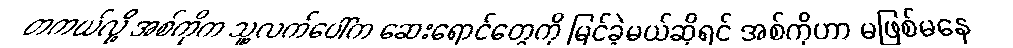
တကယ်လို့ အစ်ကိုက သူ့လက်ပေါ်က ဆေးရောင်တွေကို မြင်ခဲ့မယ်ဆိုရင် အစ်ကိုဟာ မဖြစ်မနေ